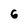
Character: 6